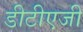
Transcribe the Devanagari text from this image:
डीटीएजी